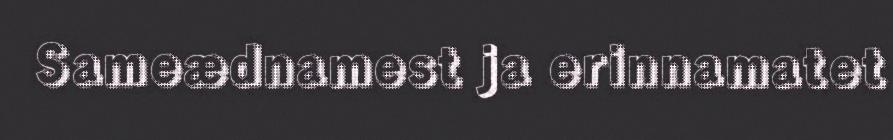
Sameædnamest ja erinnamatet